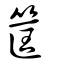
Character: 筐